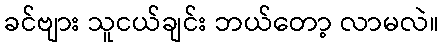
ခင်ဗျား သူငယ်ချင်း ဘယ်တော့ လာမလဲ။